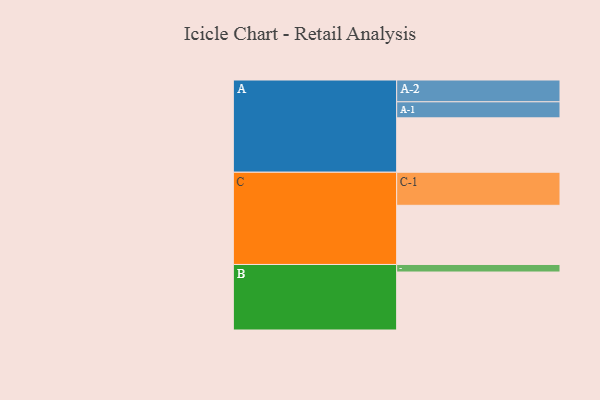
{"axis": {"x": "Segment", "y": "Value"}, "legend": ["", "A", "B", "C"], "data": [{"x": "A", "y": 454, "type": ""}, {"x": "B", "y": 484, "type": ""}, {"x": "C", "y": 494, "type": ""}, {"x": "A-1", "y": 134, "type": "A"}, {"x": "A-2", "y": 182, "type": "A"}, {"x": "B-1", "y": 63, "type": "B"}, {"x": "C-1", "y": 276, "type": "C"}]}